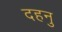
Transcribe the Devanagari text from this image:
दहनु